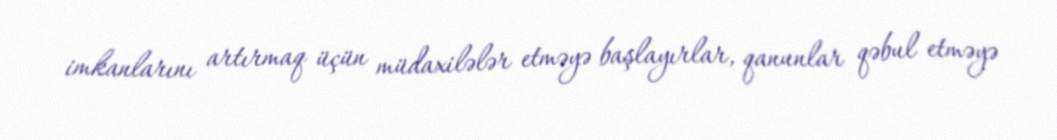
imkanlarını artırmaq üçün müdaxilələr etməyə başlayırlar, qanunlar qəbul etməyə